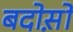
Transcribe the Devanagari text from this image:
बदोस़ों